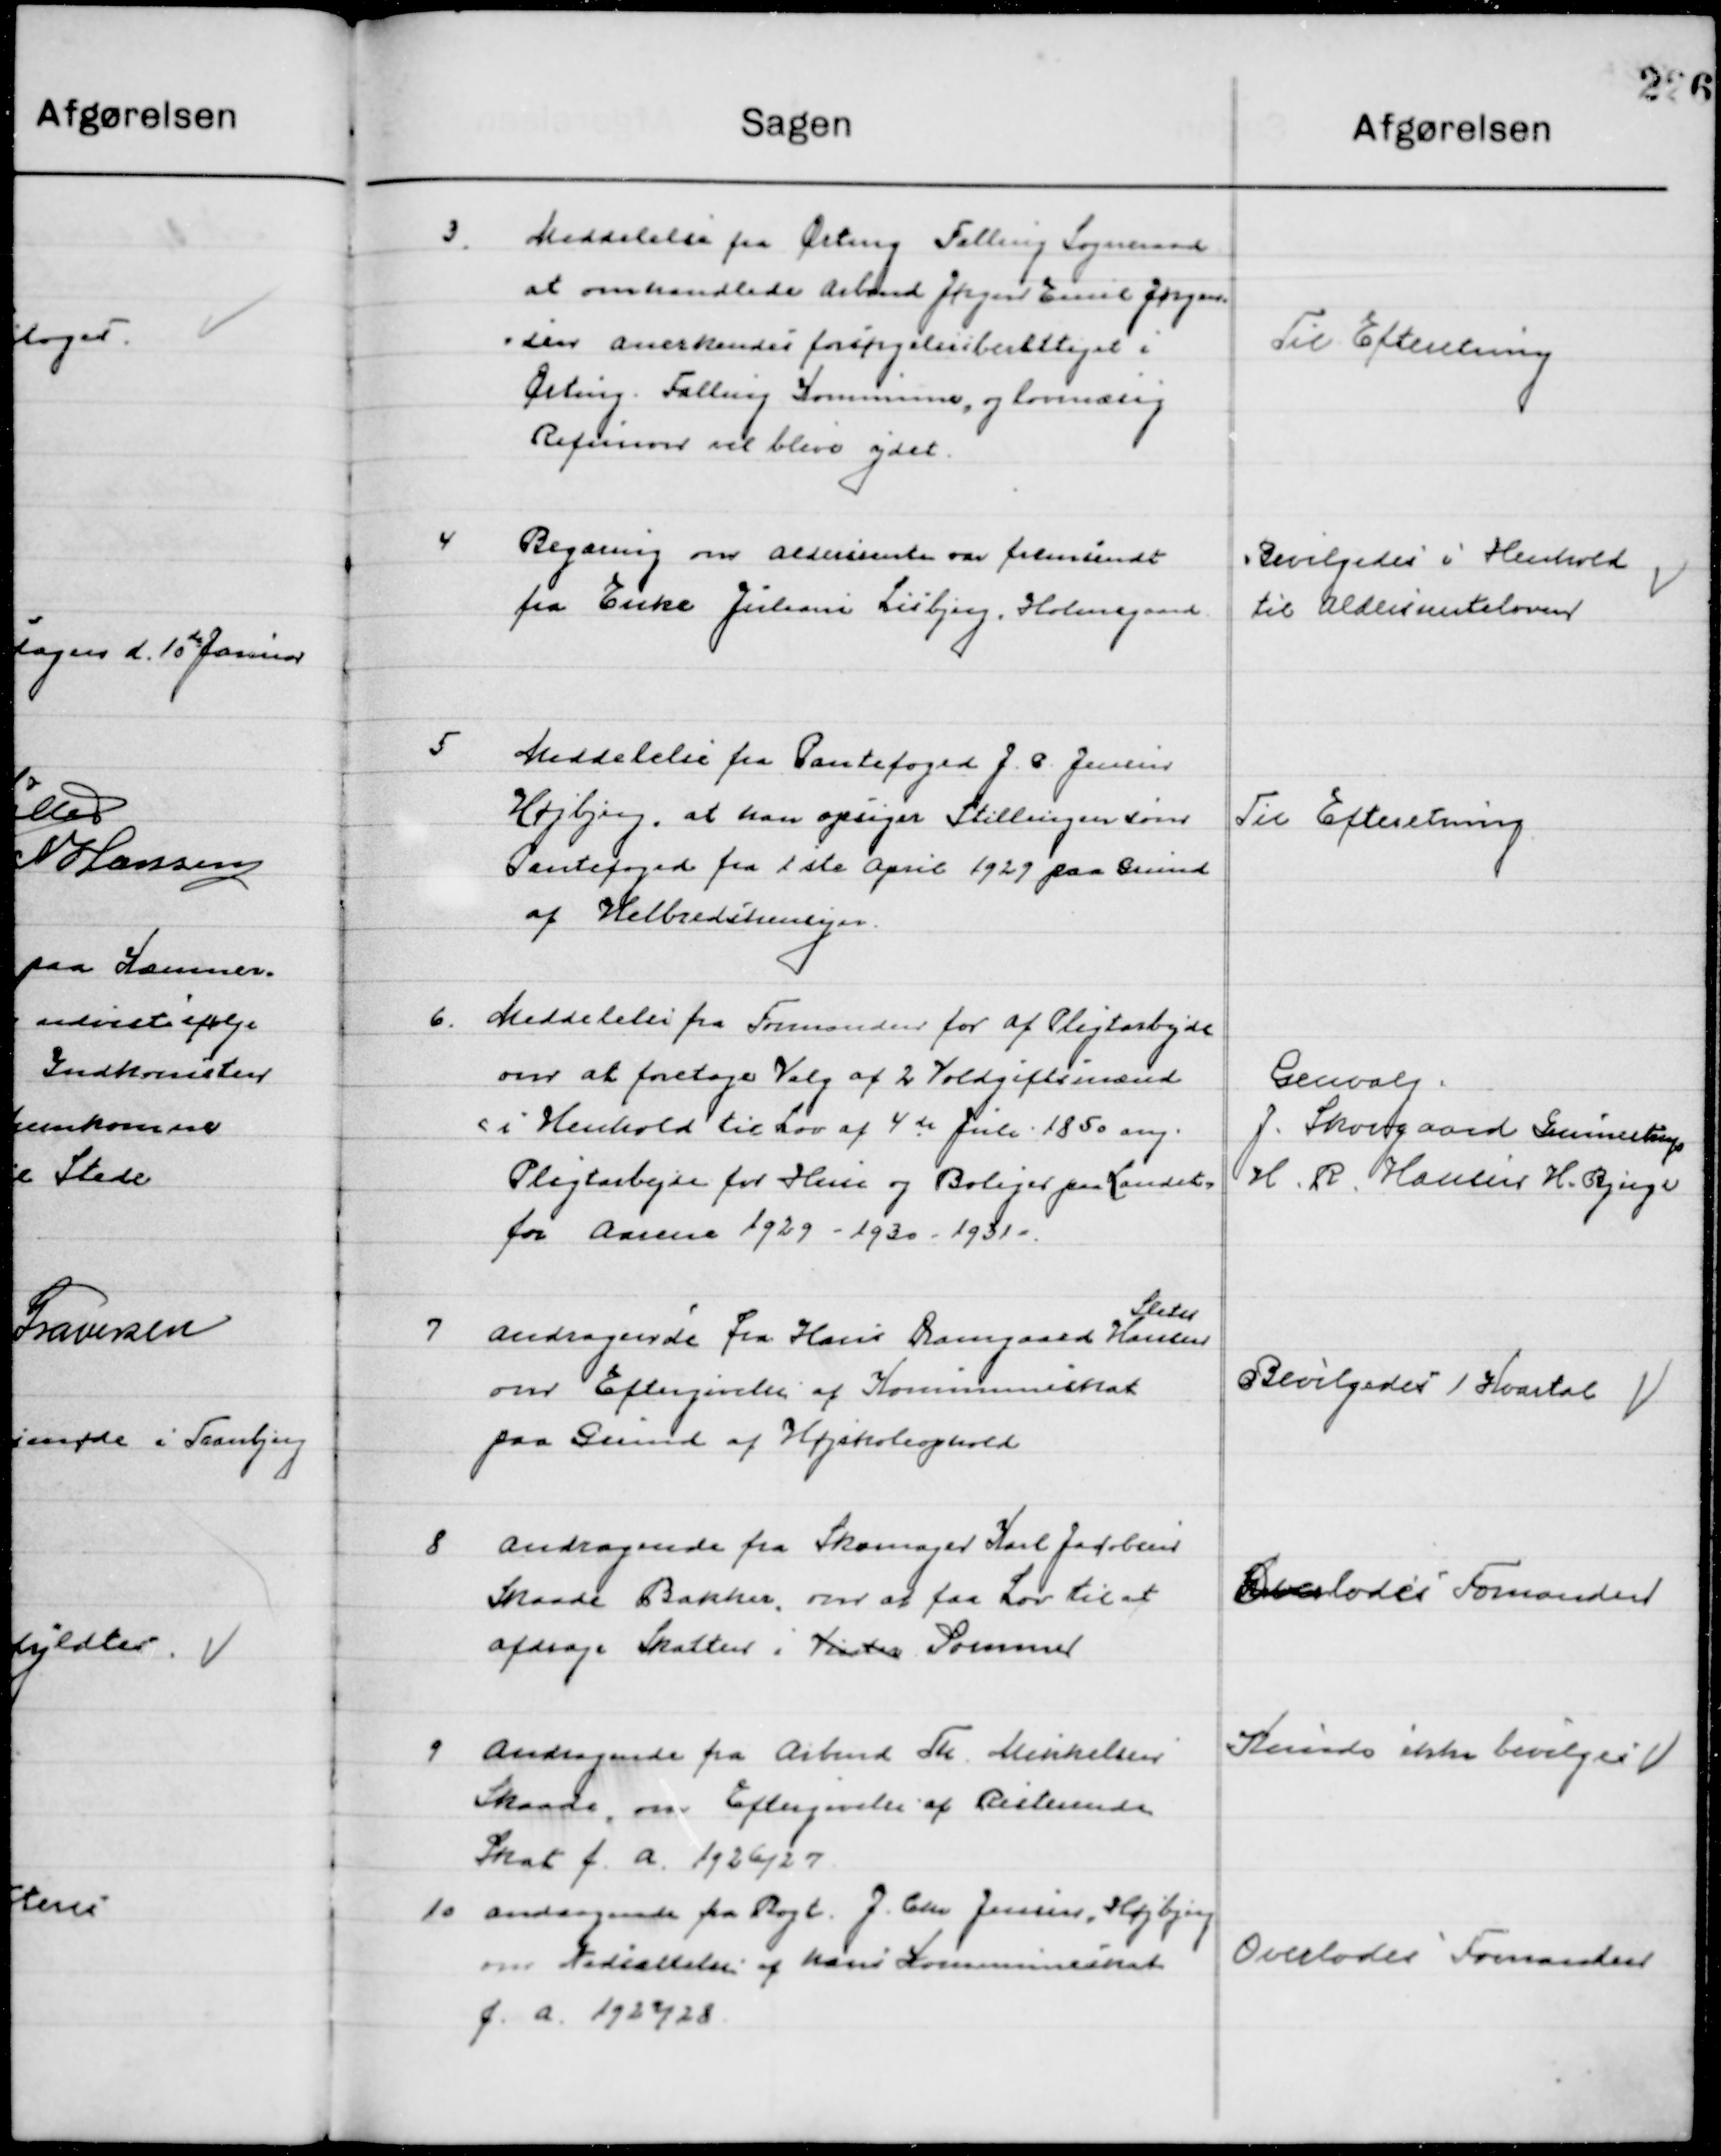
Transskription:
3

Meddelelse fra Ørting Falling Sogneraad
At omhandlende Arbmd. Jørgen Emil Jørgen-
sen Anerkendes forsørgelsesberettiget i
Ørting Falling Kommune, og lovmæssig 
Refusion vil blive ydet.

Til Efterretning

4

Regning om Aldersrente var fremsendt
fra Enke Johanne Lisbjerg Holmegaard

Bevilgedes i Henholdt
til Aldersrenteloven

5

Meddelelse fra Pantefoged J. P. Jensen
Højbjerg, at han opsiger stillingen som 
Pantefoged fra 1ste April 1929 paa Grund 
af Helbredshensyn

Til Efterretning

6

Meddelelse fra Formanden for af Pligtarbejde
om at foretage Valg af 2 Voldgiftsmænd
i Henhold til Lov af 4de Juli 1850 Aug.
Pligtarbejde for huse og Boligerne paa Landet 
for Aarene 1929-1930-1931.

Genvalg
J. Skovgaard Gunnestrup
H. R. Hansen H. Bjerge

7

Andragende fra Hans Damgaard Hansen 
Sleth
om Eftergivelse af Kommuneskat
paa Grund af Højskoleophold.

Bevilgedes 1 Kvartal

8

Andragende fra Skomager Karl Jacobsen
Skaade Bakker, om at faa Lov til at
Afdrage Skatten i Vinter Sommer

Overlodes Formanden

9

Andragende fra Arbmd. Th. Mikkelsen
Skaade, om Eftergivelse af Resterende
Skat f. A. 1926 / 27.

Kunne ikke bevilgedes

10

Andragende fra Røgt. J. Chr. Jensen, Højbjerg
om Nedsættelse af hans Kommuneskat
f. A. 1927/28.

Overlodes  Formanden